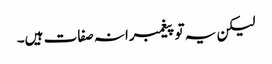
لیکن یہ تو پیغمبرانہ صفات ہیں۔